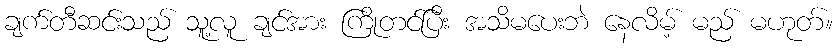
ချက်တီဆင်းသည် သူ့လူ ချင်အား ကြိုတင်ပြီး အသိမပေးဘဲ နေလိမ့် မည် မဟုတ်။